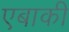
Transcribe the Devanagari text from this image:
एबाकी